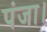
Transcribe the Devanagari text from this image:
पंजा।